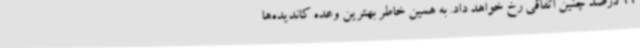
99 درصد چنین اتفاقی رخ خواهد داد. به همین خاطر بهترین وعده کاندیده‌ها